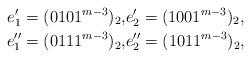
LaTeX: \begin{align*} e'_1 = (0101^{m-3})_2, &e'_2 = (1001^{m-3})_2,\\ e''_1 = (0111^{m-3})_2, &e''_2 = (1011^{m-3})_2,\end{align*}